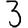
Digit: 3